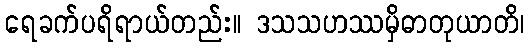
ရေခက်ပရိရာယ်တည်း။ ဒသသဟဿမှိဓာတုယာတိ၊